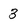
Character: 3